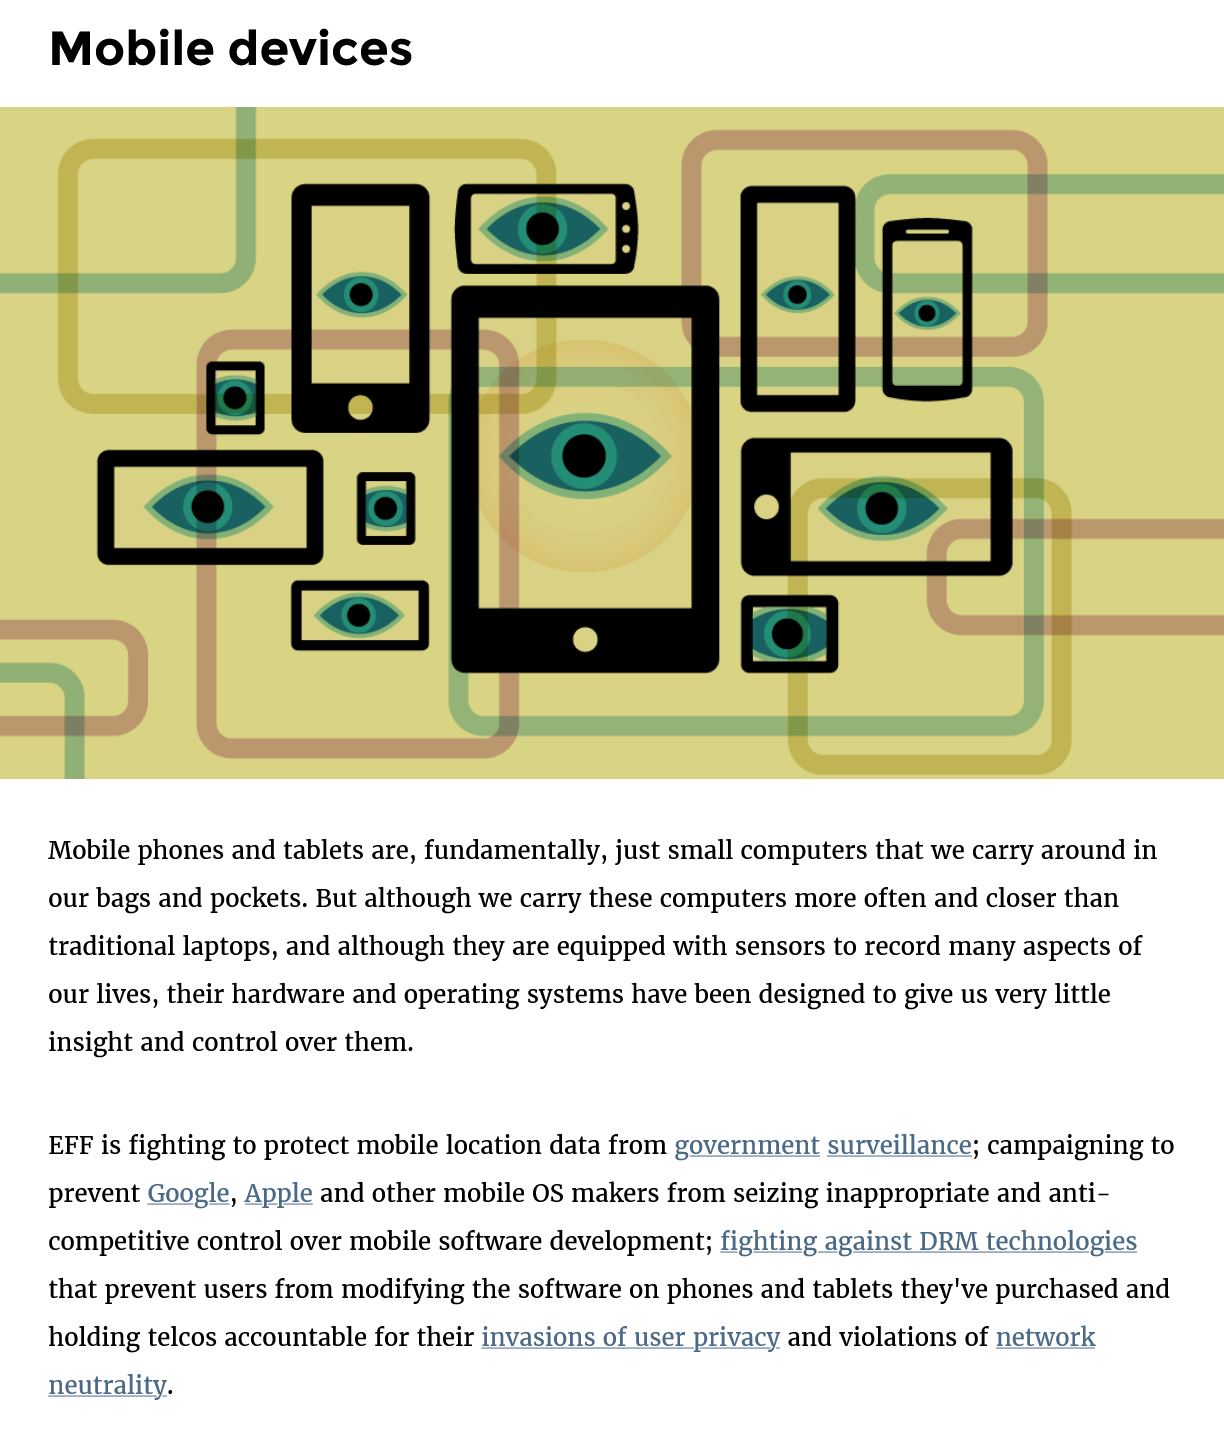
Mobile    devices
    Mobile phones and tablets are, fundamentally, just small computers that we carry around in
    our bags and pockets. But although we carry these computers more often and closer than
    traditional laptops, and although they are equipped with sensors to record many aspects of
    our lives, their hardware and operating systems have been designed to give us very little
    insight and control over them.
    EFF is fighting to protect mobile location data from government surveillance; campaigning to
    prevent Google, Apple and other mobile OS makers from seizing inappropriate and anti-
    competitive control over mobile software development; fighting against DRM technologies
    that prevent users from modifying the software on phones and tablets they've purchased and
    holding telcos accountable for their invasions of user privacy and violations of network
    neutrality.